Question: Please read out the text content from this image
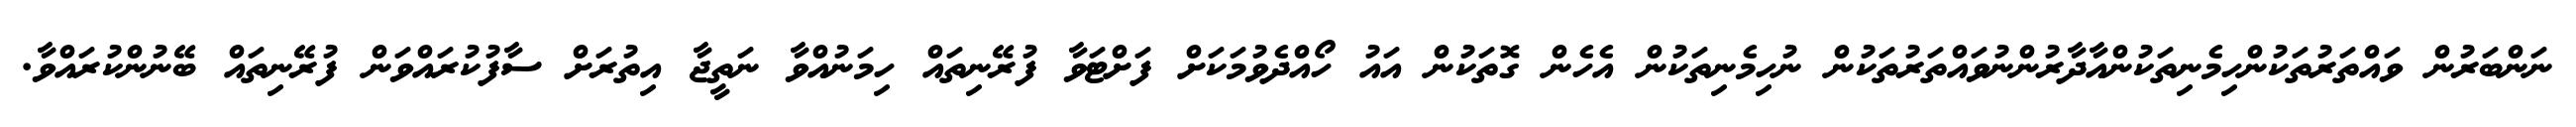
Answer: ނަންބަރުން ވައްތަރުތަކުންހިމެނިތަކުންއާދާރުންނުވައްތަރުތަކުން ނުހިމެނިތަކުން އެހެން ގޮތަކުން އައު ހޯއްދެވުމަކަށް ފަށްޓަވާ ފުރޭނިތައް ހިމަނުއްވާ ނަތީޖާ އިތުރަށް ސާފުކުރައްވަން ފުރޭނިތައް ބޭނުންކުރައްވާ.